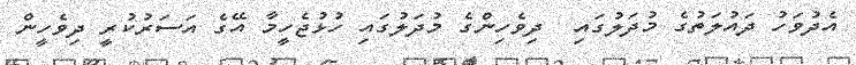
އެދުވަހު ދައުލަތުގެ މުދަލުގައި  ދިވެހިންގެ މުދަލުގައި ހުޅުޖެހީމާ އޭގެ އަސަރުކުރީ ދިވެހީން